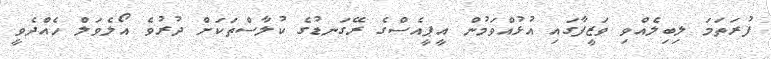
ފުރަތަމަ ލިބިލެއްވި ވަޒީފާގައި އުޅުއްވަމުން އީޕީއެސްގެ ރޭގަނޑުގެ ކުލާސްތަކަށް ދުރުވެ އޯލެވަލް ހެއްދެވީ